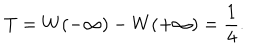
LaTeX: T = W ( - \infty ) - W ( + \infty ) = { \frac { 1 } { 4 } } .